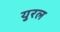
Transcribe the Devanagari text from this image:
युरल